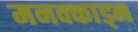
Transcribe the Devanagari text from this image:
मनक्काड्न